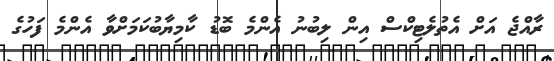
ރާއްޖެ އަށް އެތުލެޓިކްސް އިން ލިބުނު އެންމެ ބޮޑު ކާމިޔާބުކަމަށްވާ އެންމެ ފަހުގެ